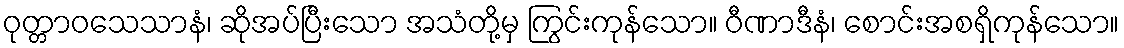
ဝုတ္တာဝသေသာနံ၊ ဆိုအပ်ပြီးသော အသံတို့မှ ကြွင်းကုန်သော။ ဝီဏာဒီနံ၊ စောင်းအစရှိကုန်သော။